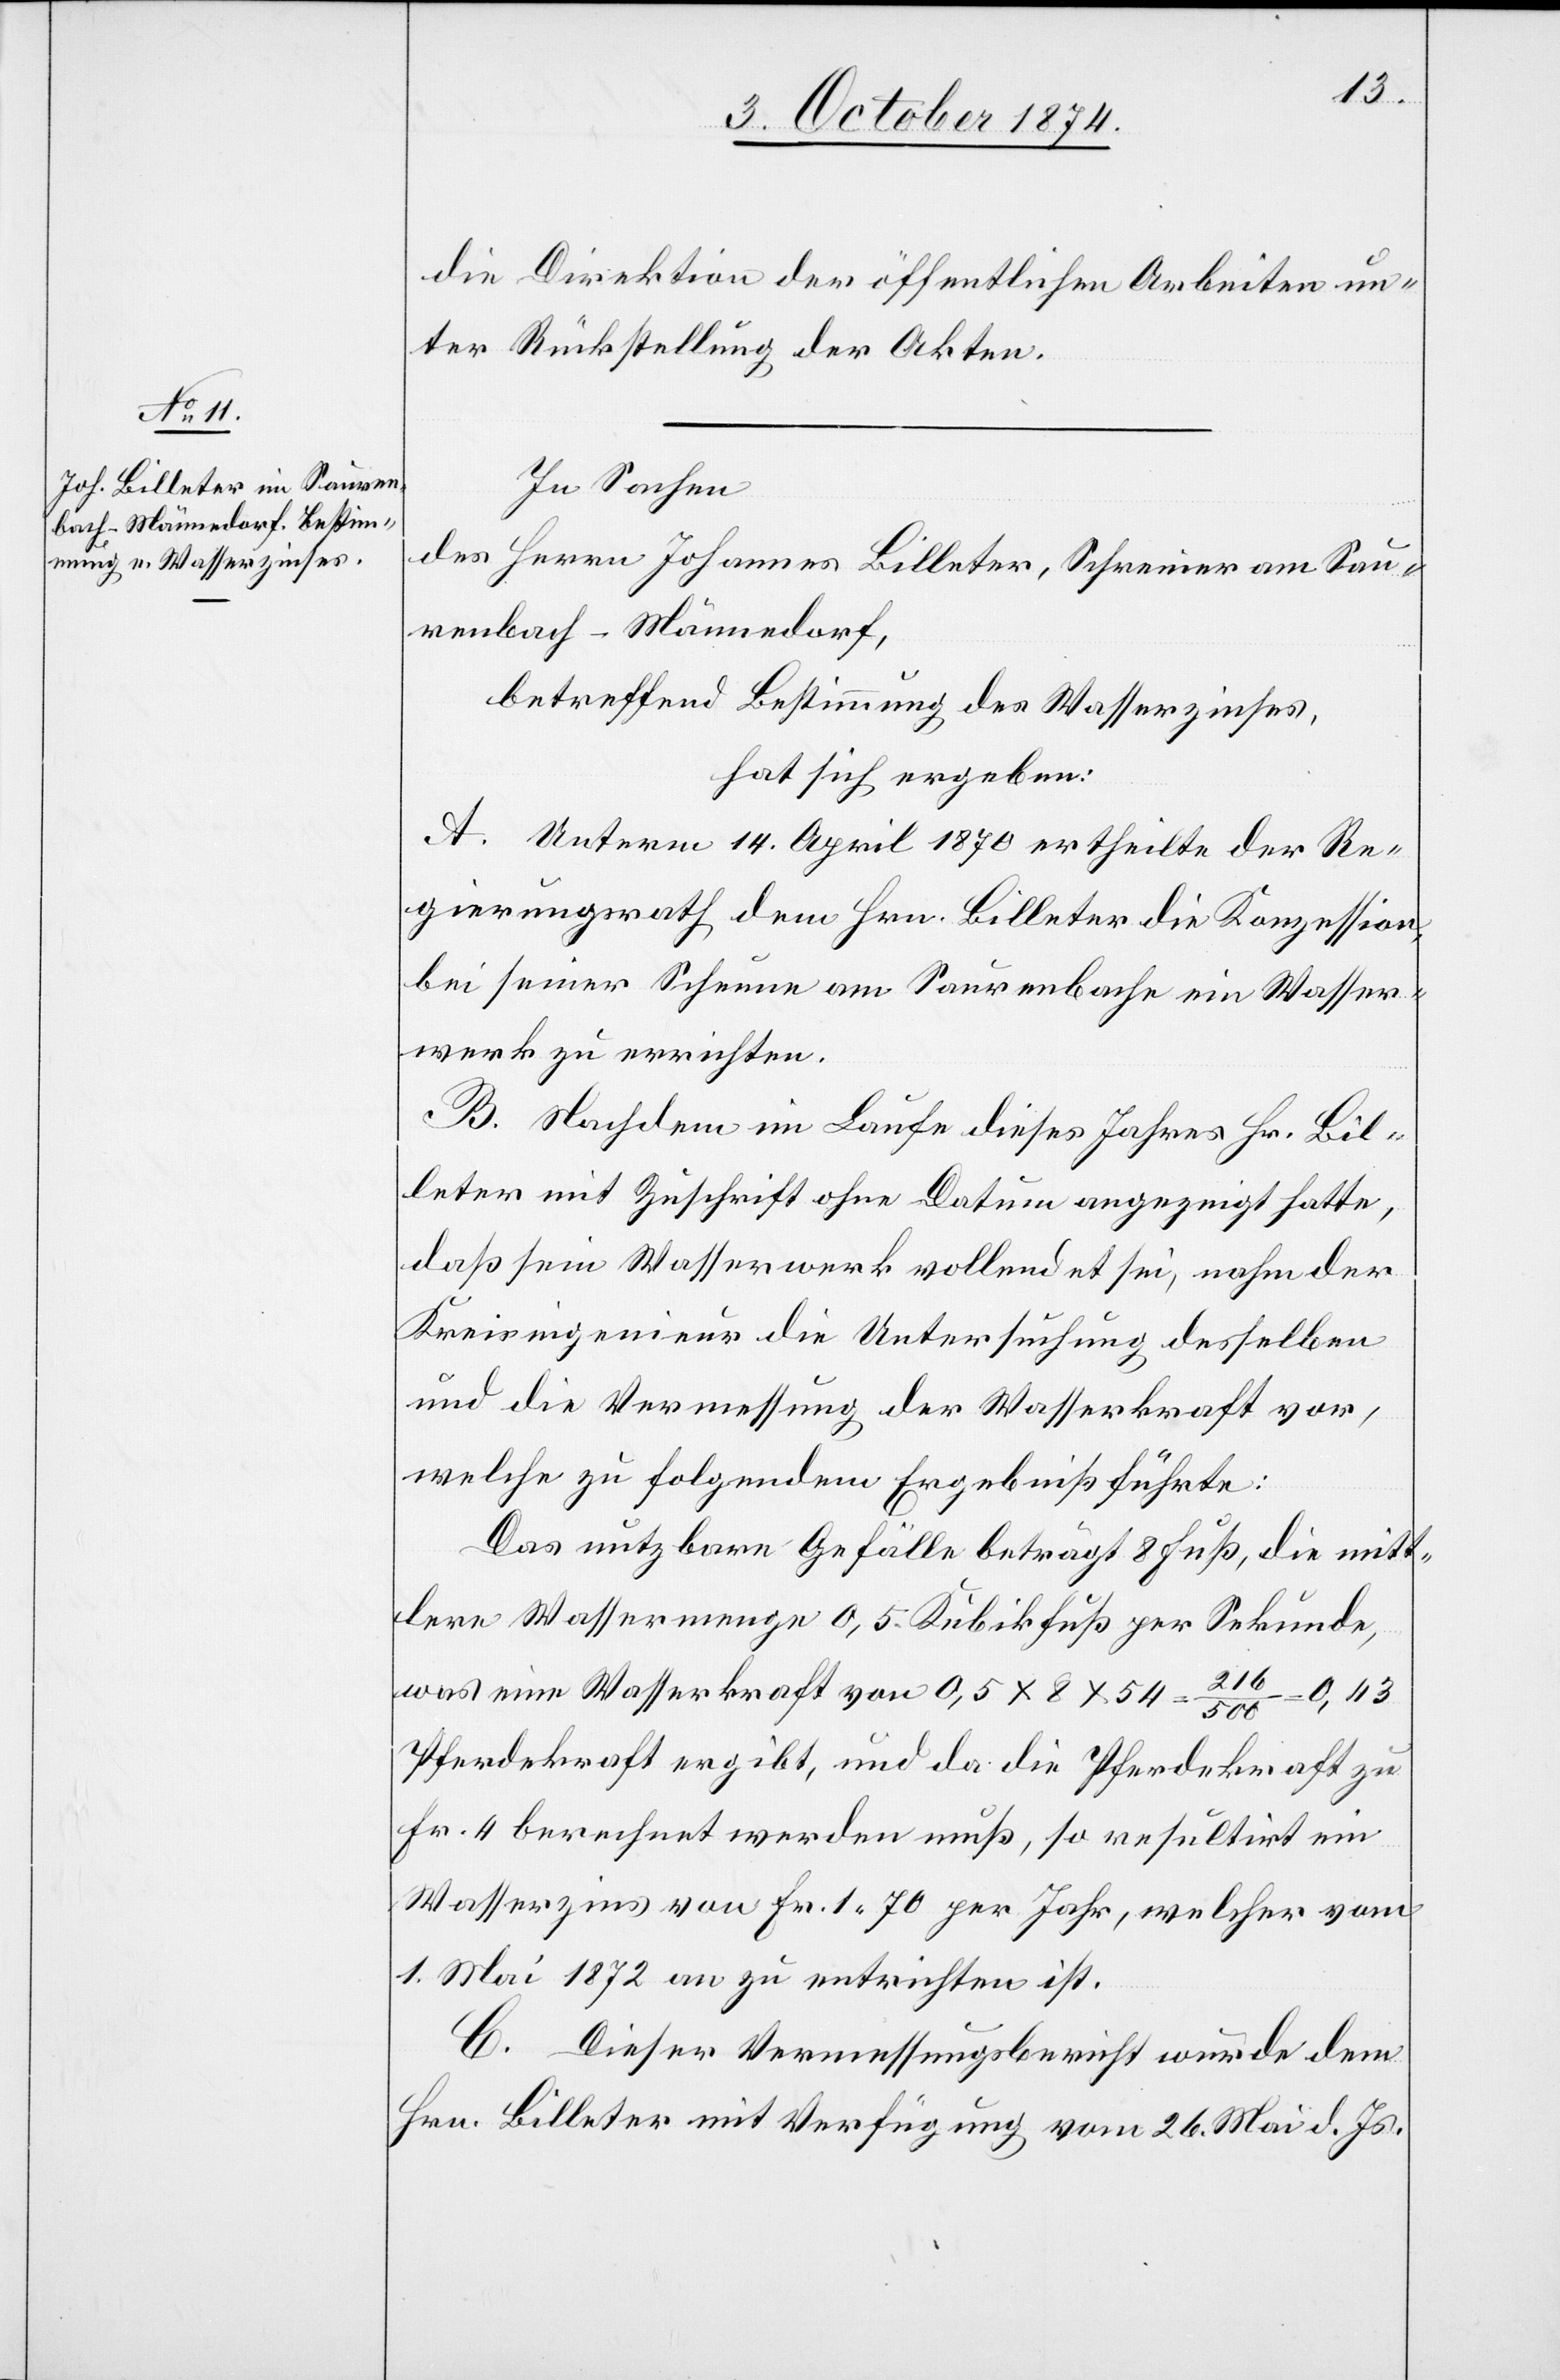
die Direktion der öffentlichen Arbeiten un¬
ter Rückstellung der Akten.
In Sachen
des Herrn Johannes Billeter, Schreiner am Sau¬
renbach-Männedorf,
betreffend Bestimmung des Wasserzinses,
hat sich ergeben:
A. Unterm 14. April 1870 ertheilte der Re¬
gierungsrath dem Hrn. Billeter die Konzession,
bei seiner Scheune am Saurenbache ein Wasser¬
werk zu errichten.
B. Nachdem im Laufe dieses Jahres Hr. Bil¬
leter mit Zuschrift ohne Datum angezeigt hatte,
daß sein Wasserwerk vollendet sei, nahm der
Kreisingenieur die Untersuchung desselben
und die Vermessung der Wasserkraft vor,
welche zu folgendem Ergebniß führte:
Das nutzbare Gefälle beträgt 8 Fuß, die mitt¬
lere Wassermenge 0,5 Kubikfuß per Sekunde,
was eine Wasserkraft von 0,5 x 8 x 54 = 216/500
0,43
Pferdekraft ergibt, und da die Pferdekraft zu
Fr. 4 berechnet werden muß, so resultirt ein
Wasserzins von Fr. 1,70 per Jahr, welcher vom
1. Mai 1872 an zu entrichten ist.
C. Dieser Vermessungsbericht wurde dem
Hrn. Billeter mit Verfügung vom 26. Mai d. Js.